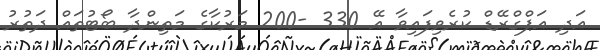
އަދި އަޕްގްރޭޑް ކުރެވިފައިވާ އޭ 330 -200 މަރުކާގެ މަތިންދާ ބޯޓުތައް ދަތުރު